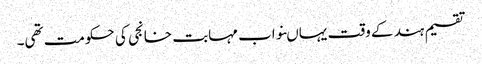
تقسیم ہند کے وقت یہاںنواب مہابت خانجی کی حکومت تھی۔